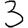
Digit: 3